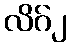
လိဂ်၂